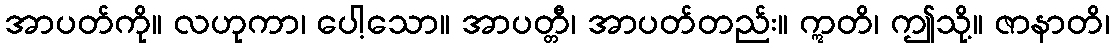
အာပတ်ကို။ လဟုကာ၊ ပေါ့သော။ အာပတ္တီ၊ အာပတ်တည်း။ ဣတိ၊ ဤသို့။ ဇာနာတိ၊